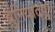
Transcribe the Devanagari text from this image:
बुनियादपुर